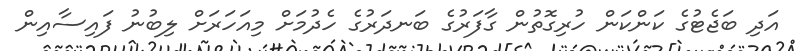
އަދި ބަޖެޓުގެ ކަންކަން ހުރިގޮތުން ގާފަރުގެ ބަނދަރުގެ ހެދުމަށް މިއަހަރަށް ލިބުނު ފައިސާއިން